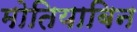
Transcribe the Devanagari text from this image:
मोतियाबिन